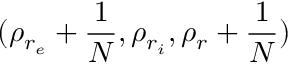
( \rho _ { r _ { e } } + \frac { 1 } { N } , \rho _ { r _ { i } } , \rho _ { r } + \frac { 1 } { N } )